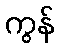
ကွန်